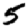
Digit: 5